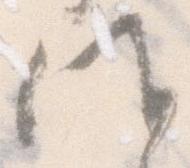
候